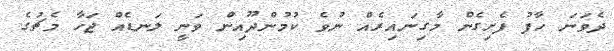
ދެވަނަ ހާފު ފެށިގެން މާގިނައިރެއް ނުވެ ކުމުންދޫއިން ވަނީ ލަނޑެއް ޖަހާ މެޗުގެ